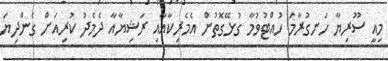
މިއީ ސޫރިޔާ ހަނގުރާމަ ހުއްޓުވުމާ ގުޅޭގޮތުން އެމެރިކާއާއި ރަޝިޔާއާ ދެމެދު ކުރިއަށް ގެންދިޔަ